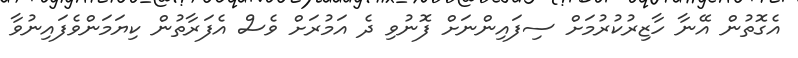
އެގޮތުން އޭނާ ހާޒިރުކުރުމަށް ސިފައިންނަށް ފޮނުވި ދެ އަމުރަށް ވެސް އެފަރާތުން ކިޔަމަންވެފައިނުވާ